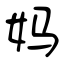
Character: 妈